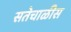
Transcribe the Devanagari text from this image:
सतेचाळीस